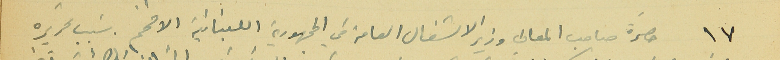
١٧ حضرة صاحب المعالي وزير الاشغال العامة في الجمهورية اللبنانية الافخم. سَبب تحريره